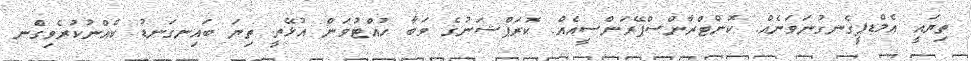
ތިޔައީ އެމްޑޕީގެނގުނަވަނެއް. ކޮންޓްރާންސްޕޭރަންސީއެއް. ކޮރަޕްޝަނުގެ ވަބާ ހުއްޓުވަން އުޅޭތީ ތިޔަ ބައިނގަނޑު ކެއްނުކުރެވިގެްނ